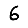
Digit: 6